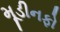
મૂડીનફો